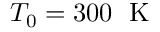
{ { T } _ { 0 } } = 3 0 0 \; \mathrm { ~ K ~ }